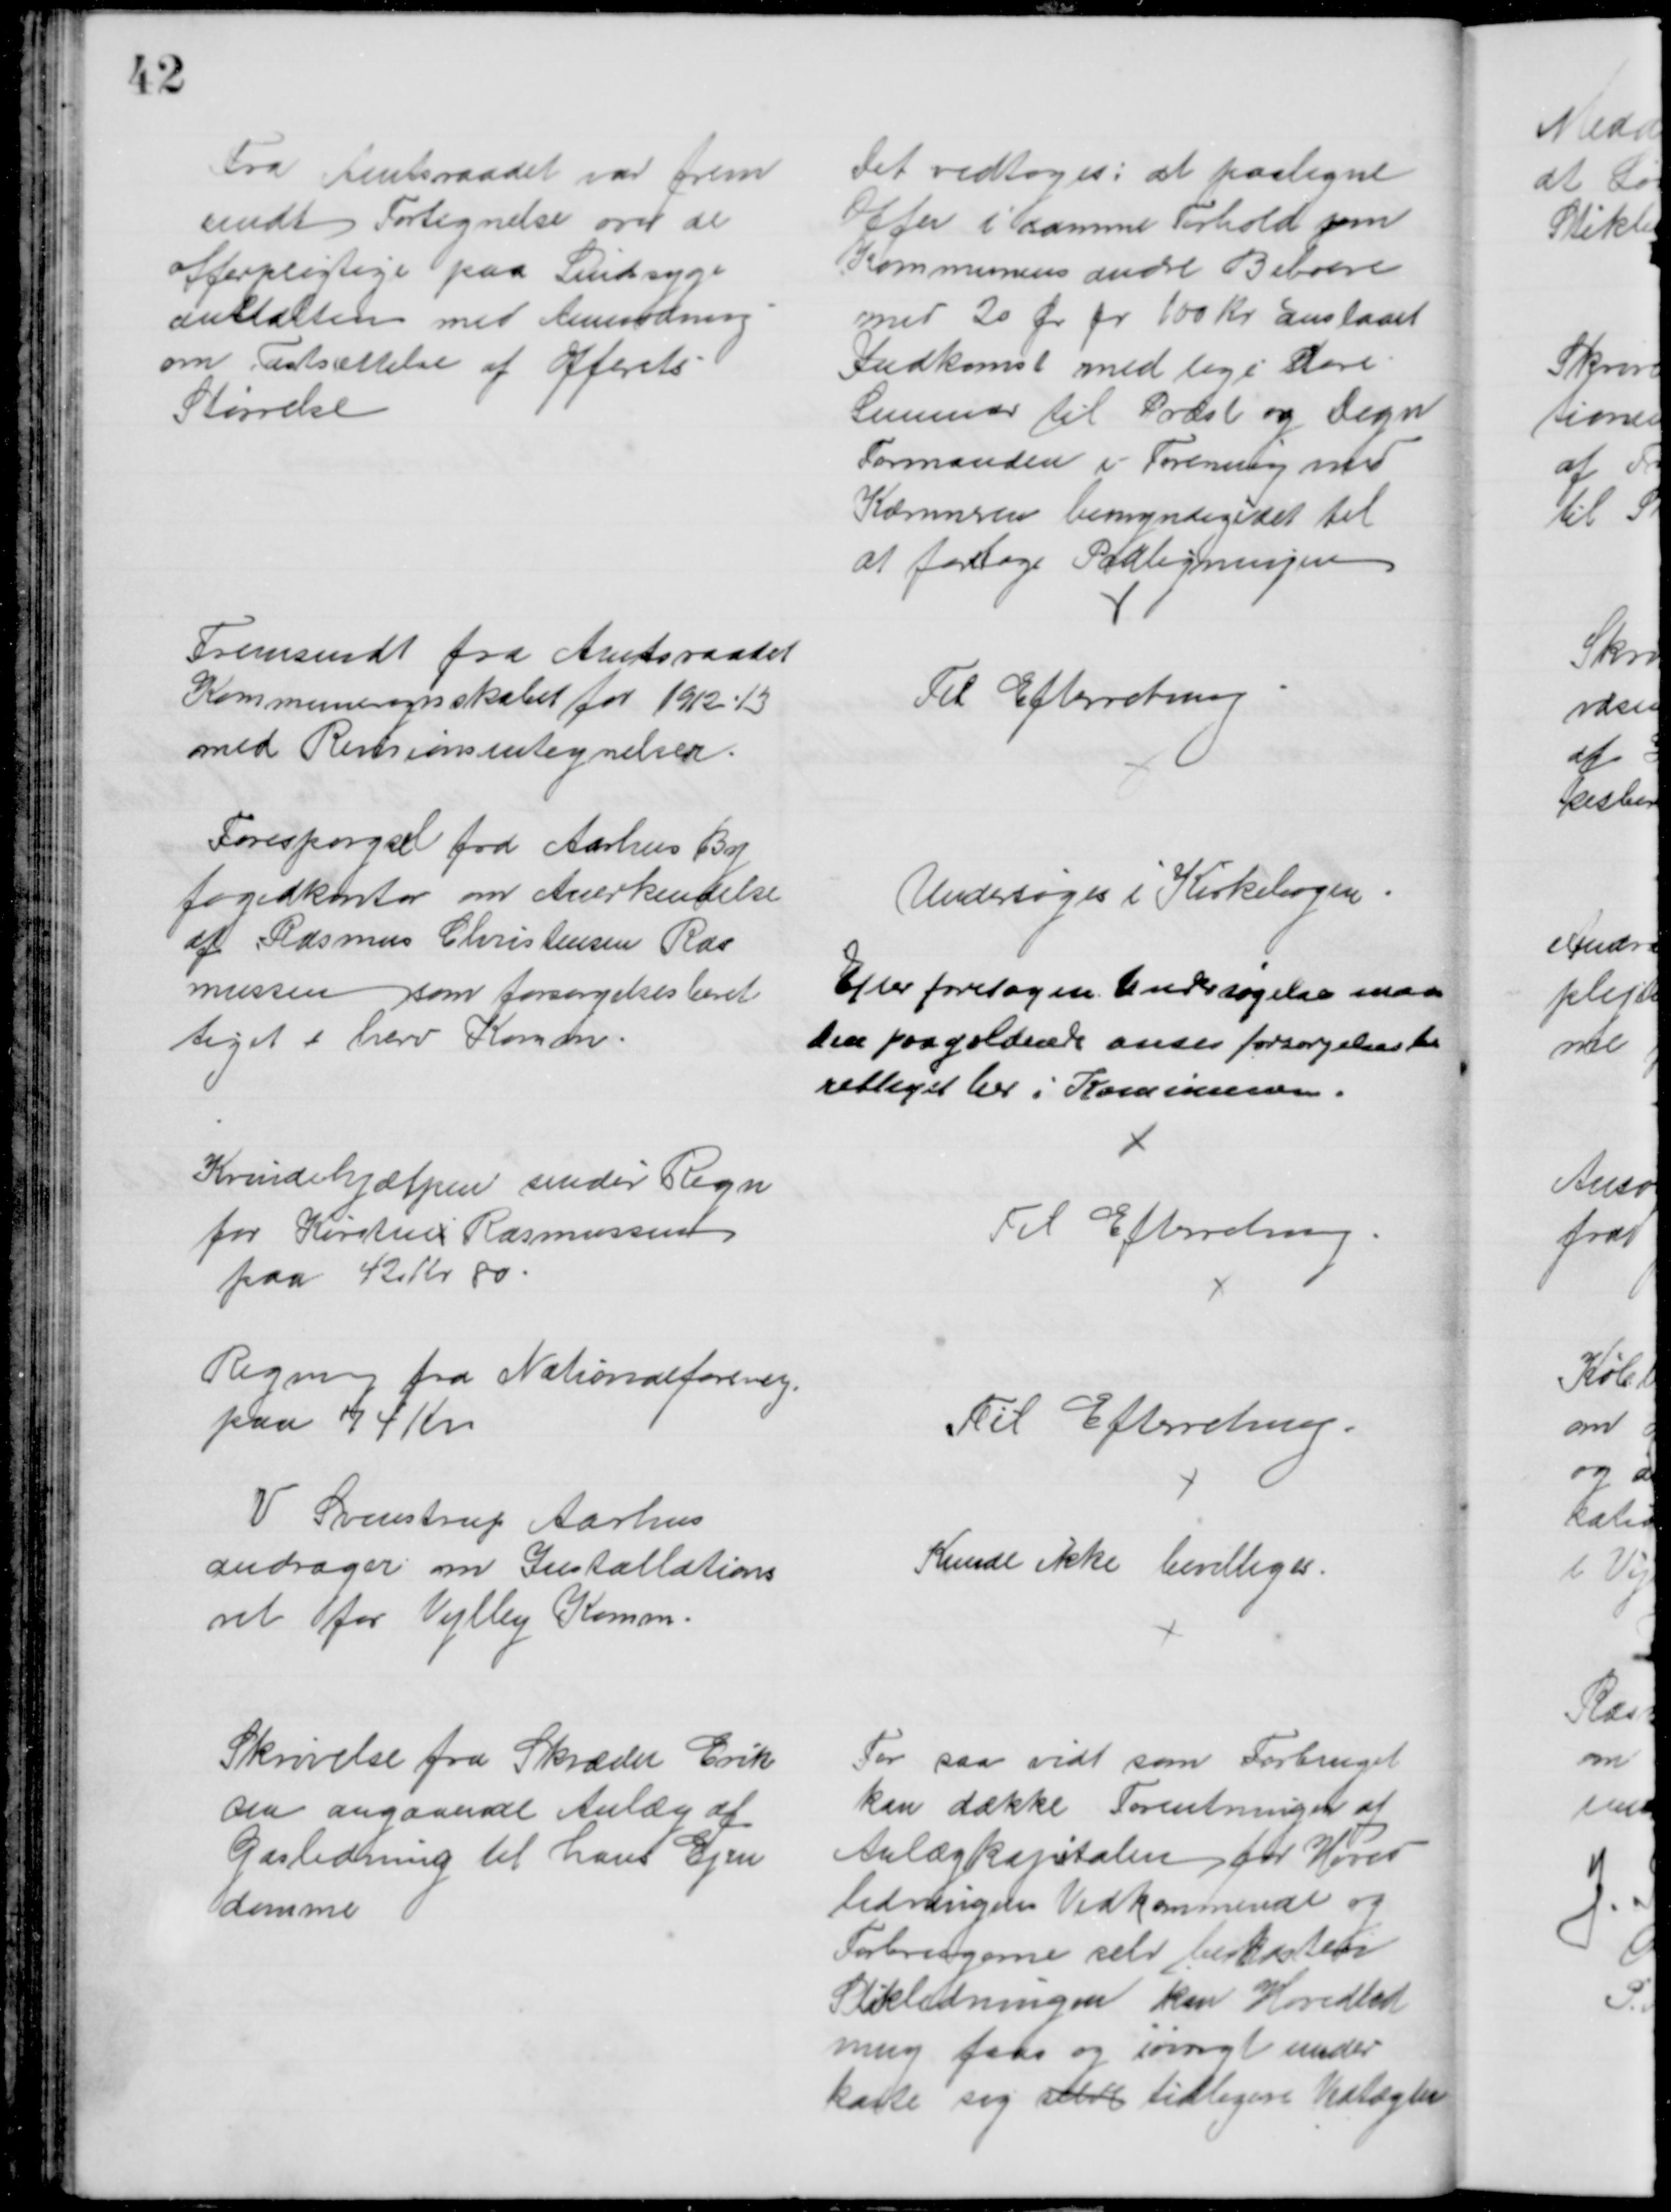
Transskription:
Fra Amtsraadet var frem
sendt Fortegnelse over de
offerpligtige paa Sindsyge
anstalten med Anmodning
om Fastsættelse af Offerets
Størrelse
Det vedtoges: at paaligne
Offer i samme Forhold som
Kommunens andre Beboere
med 20 Ør pr 100 Kr anslaaet 
Indkomst med lige store
Summer til Præst og Degn
Formanden i Forening med
Kæmneren bemyndigedes til
at foretage Paaligningen
Fremsendt fra Amtsraadet
Kommuneregnskabet for 1912-13
med Revisionsantegnelser.
Til Efterretning
Forespørgsel fra Aarhus By
fogedkontor om Anerkendelse
af Rasmus Christensen Ras
mussen som forsørgelsesberet
tiget i herv Komm.
Undersøges i Kirkebogen
Efter foretagen Undersøgelse maa
den paagældende anses forsørgelsesbe
rettiget her i Kommunen.
Kvindehjælpen sender Regn
for Kirstene Rasmussen
paa 42 Kr 80.
Til Efterretning
Regning fra Nationalforeng.
paa 74 Kr
Til Efterretning.
V. Svenstrup Aarhus
andrager om Installations
ret for Vejlby Komm.
Kunde ikke bevilliges.
Skrivelse fra Skræder Erik
sen angaaende Anlæg af 
Gasledning til hans Ejen
domme
For saa vidt som Forbruget
kan dække Forentninger af
Anlægkapitalen for Hoved
ledningens Vedkommende og 
Forbrugerne selv bekoster
Stikledningen kan Hovedled
ning faas og iøvrigt under
kaste sig selve tidligere Vedtægter